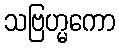
သဗြဟ္မကော